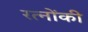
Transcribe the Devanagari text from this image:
रत्नोंकी